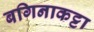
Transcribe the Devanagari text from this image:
बगिनाकट्टा